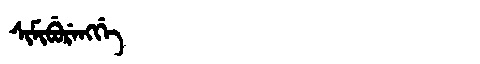
Manchu: ᠰᡳᠮᡳᠪᡠᡵᡝᠩᡤᡝ
Romanization: SIMIBURENGGE